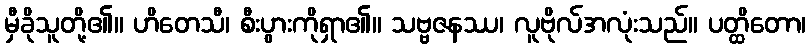
မှီခိုသူတို့၏။ ဟိတေသီ၊ စီးပွားကိုရှာ၏။ သဗ္ဗဇနဿ၊ လူဗိုလ်အလုံးသည်။ ပတ္ထိတော၊